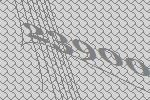
23900